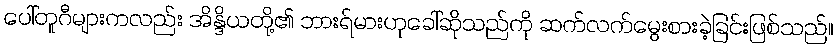
ပေါ်တူဂီများကလည်း အိန္ဒိယတို့၏ ဘားရ်မားဟုခေါ်ဆိုသည်ကို ဆက်လက်မွေးစားခဲ့ခြင်းဖြစ်သည်။